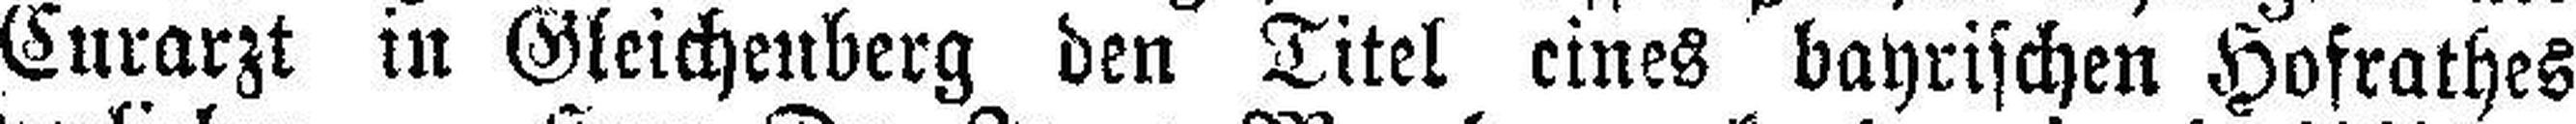
Curarzt in Gleichenberg den Titel eines bayrischen Hofrathes